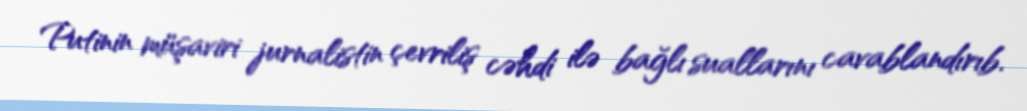
Putinin müşaviri jurnalistin çevriliş cəhdi ilə bağlı suallarını cavablandırıb.